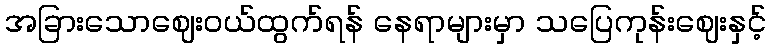
အခြားသောဈေးဝယ်ထွက်ရန် နေရာများမှာ သပြေကုန်းဈေးနှင့်